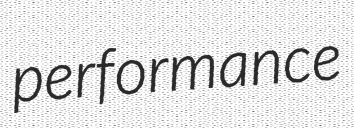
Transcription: performance